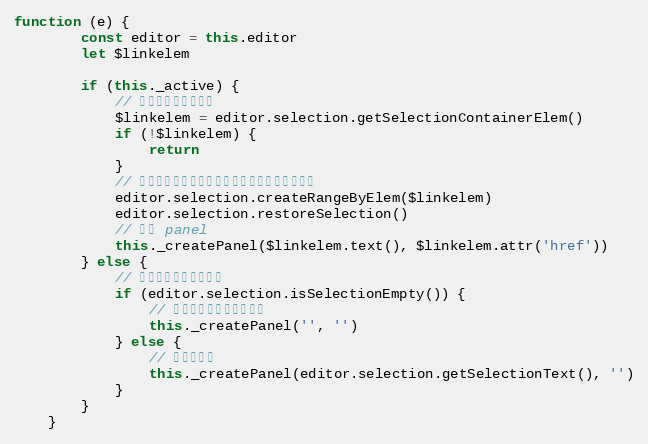
Language: JavaScript
function (e) {
        const editor = this.editor
        let $linkelem

        if (this._active) {
            // 当前选区在链接里面
            $linkelem = editor.selection.getSelectionContainerElem()
            if (!$linkelem) {
                return
            }
            // 将该元素都包含在选取之内，以便后面整体替换
            editor.selection.createRangeByElem($linkelem)
            editor.selection.restoreSelection()
            // 显示 panel
            this._createPanel($linkelem.text(), $linkelem.attr('href'))
        } else {
            // 当前选区不在链接里面
            if (editor.selection.isSelectionEmpty()) {
                // 选区是空的，未选中内容
                this._createPanel('', '')
            } else {
                // 选中内容了
                this._createPanel(editor.selection.getSelectionText(), '')
            }
        }
    }